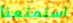
استمتعنا